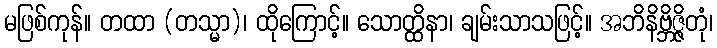
မဖြစ်ကုန်။ တထာ (တသ္မာ)၊ ထိုကြောင့်။ သောတ္ထိနာ၊ ချမ်းသာသဖြင့်။ အဘိနိဗ္ဘိဇ္ဇိတုံ၊